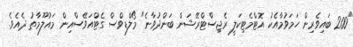
"200 ބައިވެރިން ހަމަވުމާއެކު އޮޓްމެޓިކަލީ ރެޖިސްޓްރޭޝަން ބަންދުވާނެ" މޯލްޑިވްސް ގެޓްއަވޭސްއިން މައުލޫމާތު ދެއެވެ.